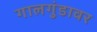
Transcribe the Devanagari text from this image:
गालगुंडावर